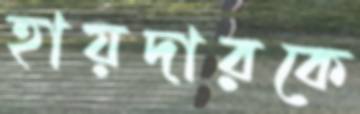
হায়দারকে